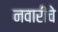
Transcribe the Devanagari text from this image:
नवारीचे